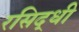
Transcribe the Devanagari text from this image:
रसिद्धी